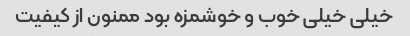
خیلی خیلی خوب و خوشمزه بود ممنون از کیفیت